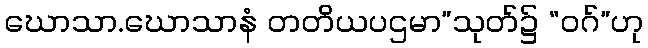
ဃောသာ.ဃောသာနံ တတိယပဌမာ”သုတ်၌ “ဝဂ်”ဟု